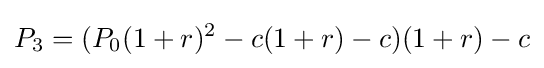
P_{3}=(P_{0}(1+r)^{2}-c(1+r)-c)(1+r)-c